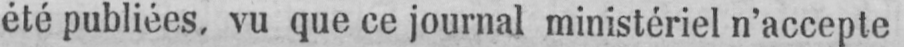
été publiées, vu que ce journal ministériel n’accepte